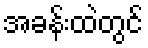
အခန်းထဲတွင်